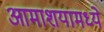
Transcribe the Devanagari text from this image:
आमाशयामध्ये